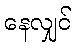
နေလျှင်